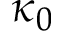
\kappa _ { 0 }